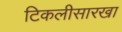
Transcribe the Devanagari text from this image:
टिकलीसारखा